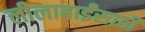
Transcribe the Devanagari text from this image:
लीलाबाईंसाठी